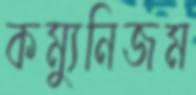
কম্যুনিজম